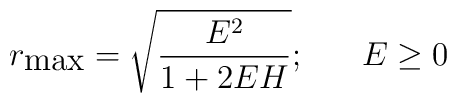
r_{\mbox{max}}=\sqrt{\frac{E^2}{1+2EH}};\;\;\;\;\;\;E\geq 0